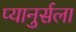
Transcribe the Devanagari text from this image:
प्यानुर्सला